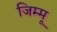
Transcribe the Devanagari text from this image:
जिम्मू